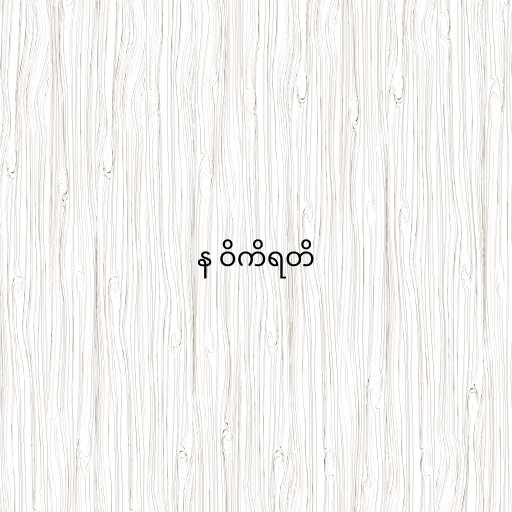
န ဝိကိရတိ